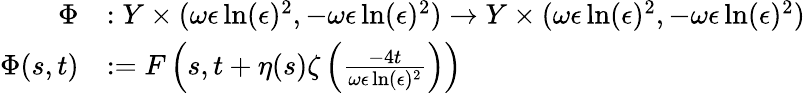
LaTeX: \begin{array}{rl}{\Phi}&{:Y\times(\omega\epsilon\ln(\epsilon)^{2},-\omega\epsilon\ln(\epsilon)^{2})\to Y\times(\omega\epsilon\ln(\epsilon)^{2},-\omega\epsilon\ln(\epsilon)^{2})}\\ {\Phi(s,t)}&{:=F\left(s,t+\eta(s)\zeta\left(\frac{-4t}{\omega\epsilon\ln(\epsilon)^{2}}\right)\right)}\end{array}